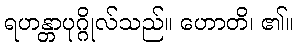
ရဟန္တာပုဂ္ဂိုလ်သည်။ ဟောတိ၊ ၏။